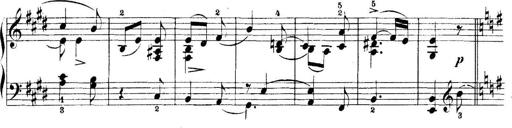
Title: 5 Sonatinas
Composer: Theodor Kirchner